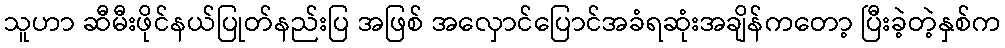
သူဟာ ဆီမီးဖိုင်နယ်ပြုတ်နည်းပြ အဖြစ် အလှောင်ပြောင်အခံရဆုံးအချိန်ကတော့ ပြီးခဲ့တဲ့နှစ်က